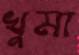
খুমা